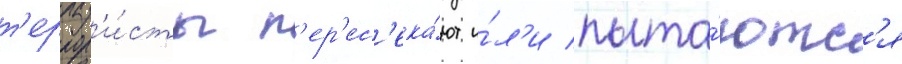
т'еррор'и́сты п'ер'ес'ека́ют и́л'и пыта́ютс'я